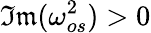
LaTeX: \mathfrak{Im}(\omega_{os}^{2})>0